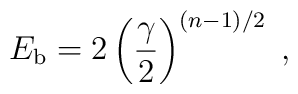
E_{\rm b} = 2\left({ \gamma \over 2}\right)\sp {(n-1)/2}\;,